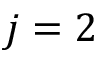
j = 2